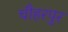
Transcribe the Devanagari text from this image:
चौहरपुर